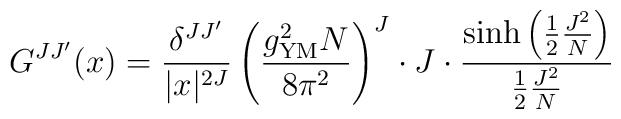
G^{JJ'}(x)= \frac{\delta^{JJ'}}{|x|^{2J}}\left(\frac{g_{{\rm YM}}^2N}{8\pi^2}\right)^J \cdot J\cdot \frac{\sinh\left( \frac{1}{2}\frac{J^2}{N}\right) }{ \frac{1}{2}\frac{J^2}{N} }